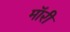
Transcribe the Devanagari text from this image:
मॉरी